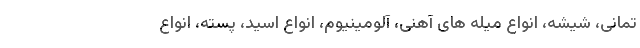
تمانی، شیشه، انواع میله های آهنی، آلومینیوم، انواع اسید، پسته، انواع